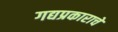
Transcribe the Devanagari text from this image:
गद्यप्रकाराचे